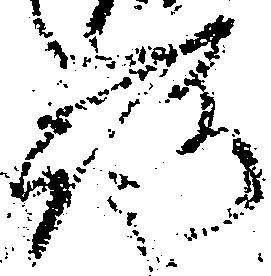
路